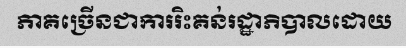
ភាគច្រើនជាការរិះគន់រដ្ឋាភិបាលដោយ